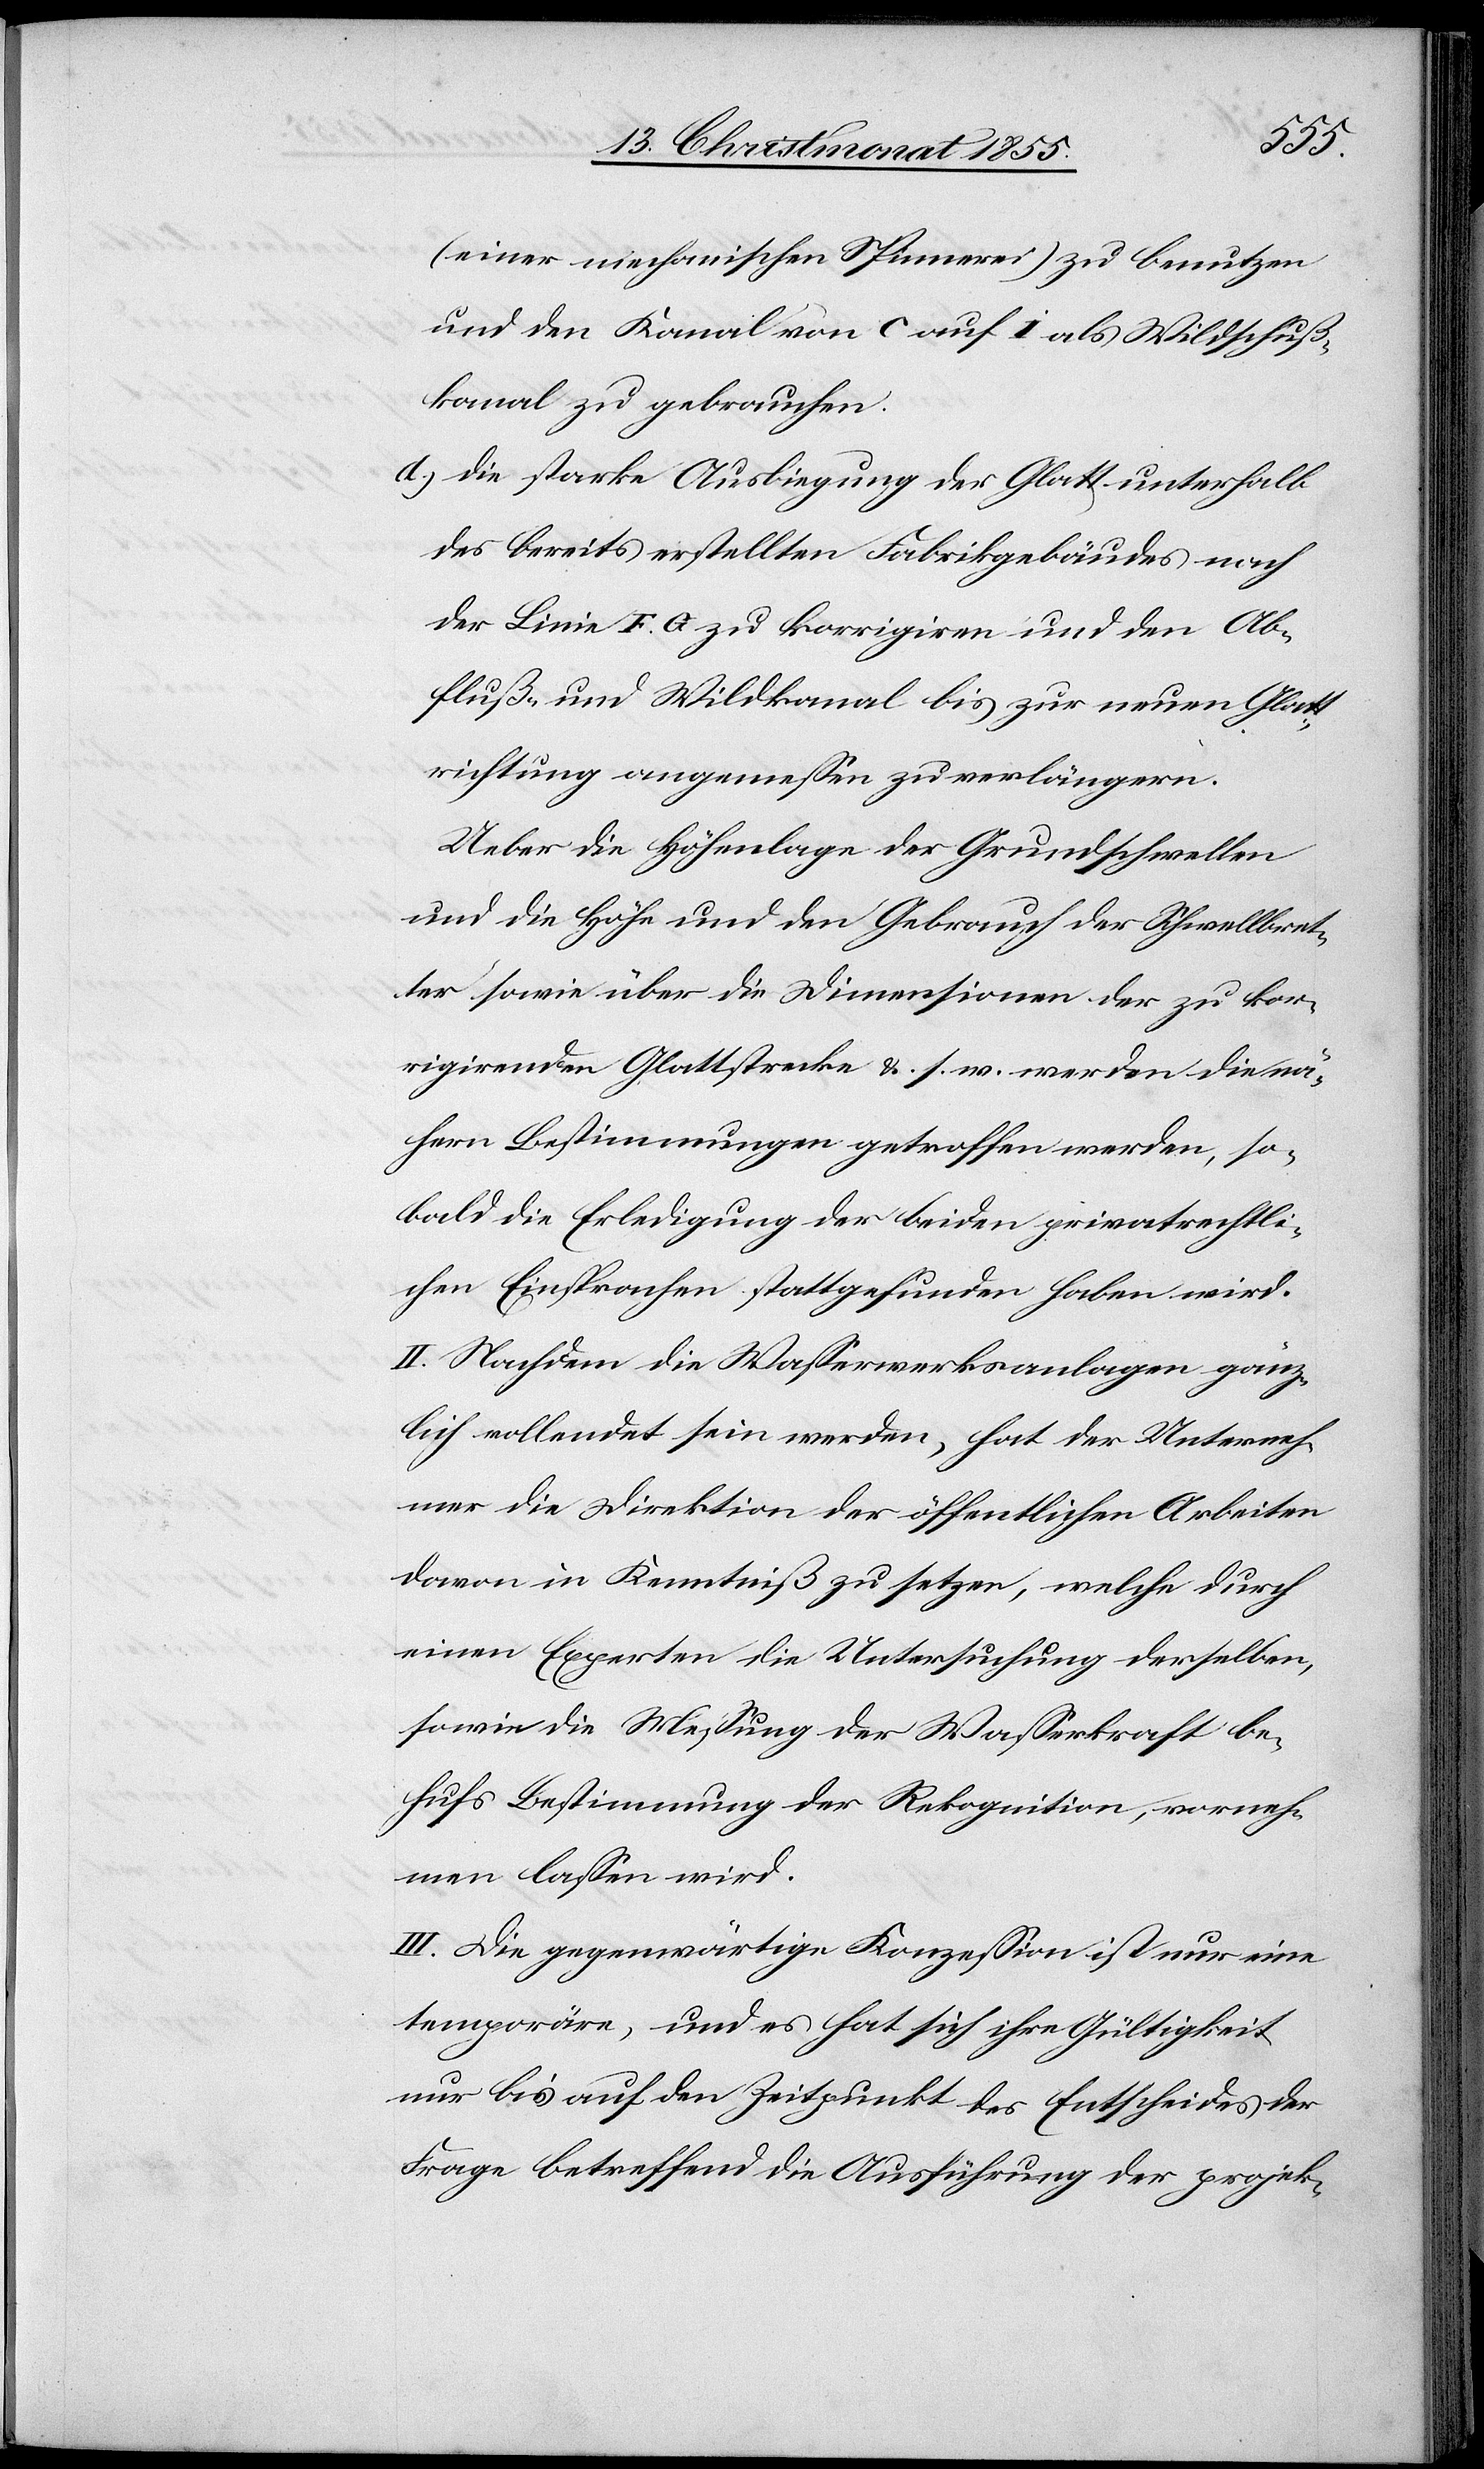
(einer mechanischen Spinnerei) zu benutzen
und den Kanal von C auf i als Wildschuß¬
kanal zu gebrauchen.
die starke Ausbiegung der Glatt unterhalb
des bereits erstellten Fabrikgebäudes nach
der Linie F. G zu korrigiren und den Ab¬
fluß- und Wildkanal bis zur neuen Glatt¬
richtung angemessen zu verlängern.
Ueber die Höhenlage der Grundschwellen
und die Höhe und den Gebrauch der Schwellbret¬
ter sowie über die Dimensionen der zu kor¬
rigirenden Glattstrecke &. s. w. werden die nä¬
hern Bestimmungen getroffen werden, so¬
bald die Erledigung der beiden privatrechtli¬
chen Einsprachen stattgefunden haben wird.
II. Nachdem die Wasserwerksanlagen gänz¬
lich vollendet sein werden, hat der Unterneh¬
mer die Direktion der öffentlichen Arbeiten
davon in Kenntniß zu setzen, welche durch
einen Experten die Untersuchung derselben,
sowie die Messung der Wasserkraft be¬
hufs Bestimmung der Rekognition, vorneh¬
men lassen wird.
III. Die gegenwärtige Konzession ist nur eine
temporäre, und es hat sich ihre Gültigkeit
nur bis auf den Zeitpunkt des Entscheides der
Frage betreffend die Ausführung der projek-